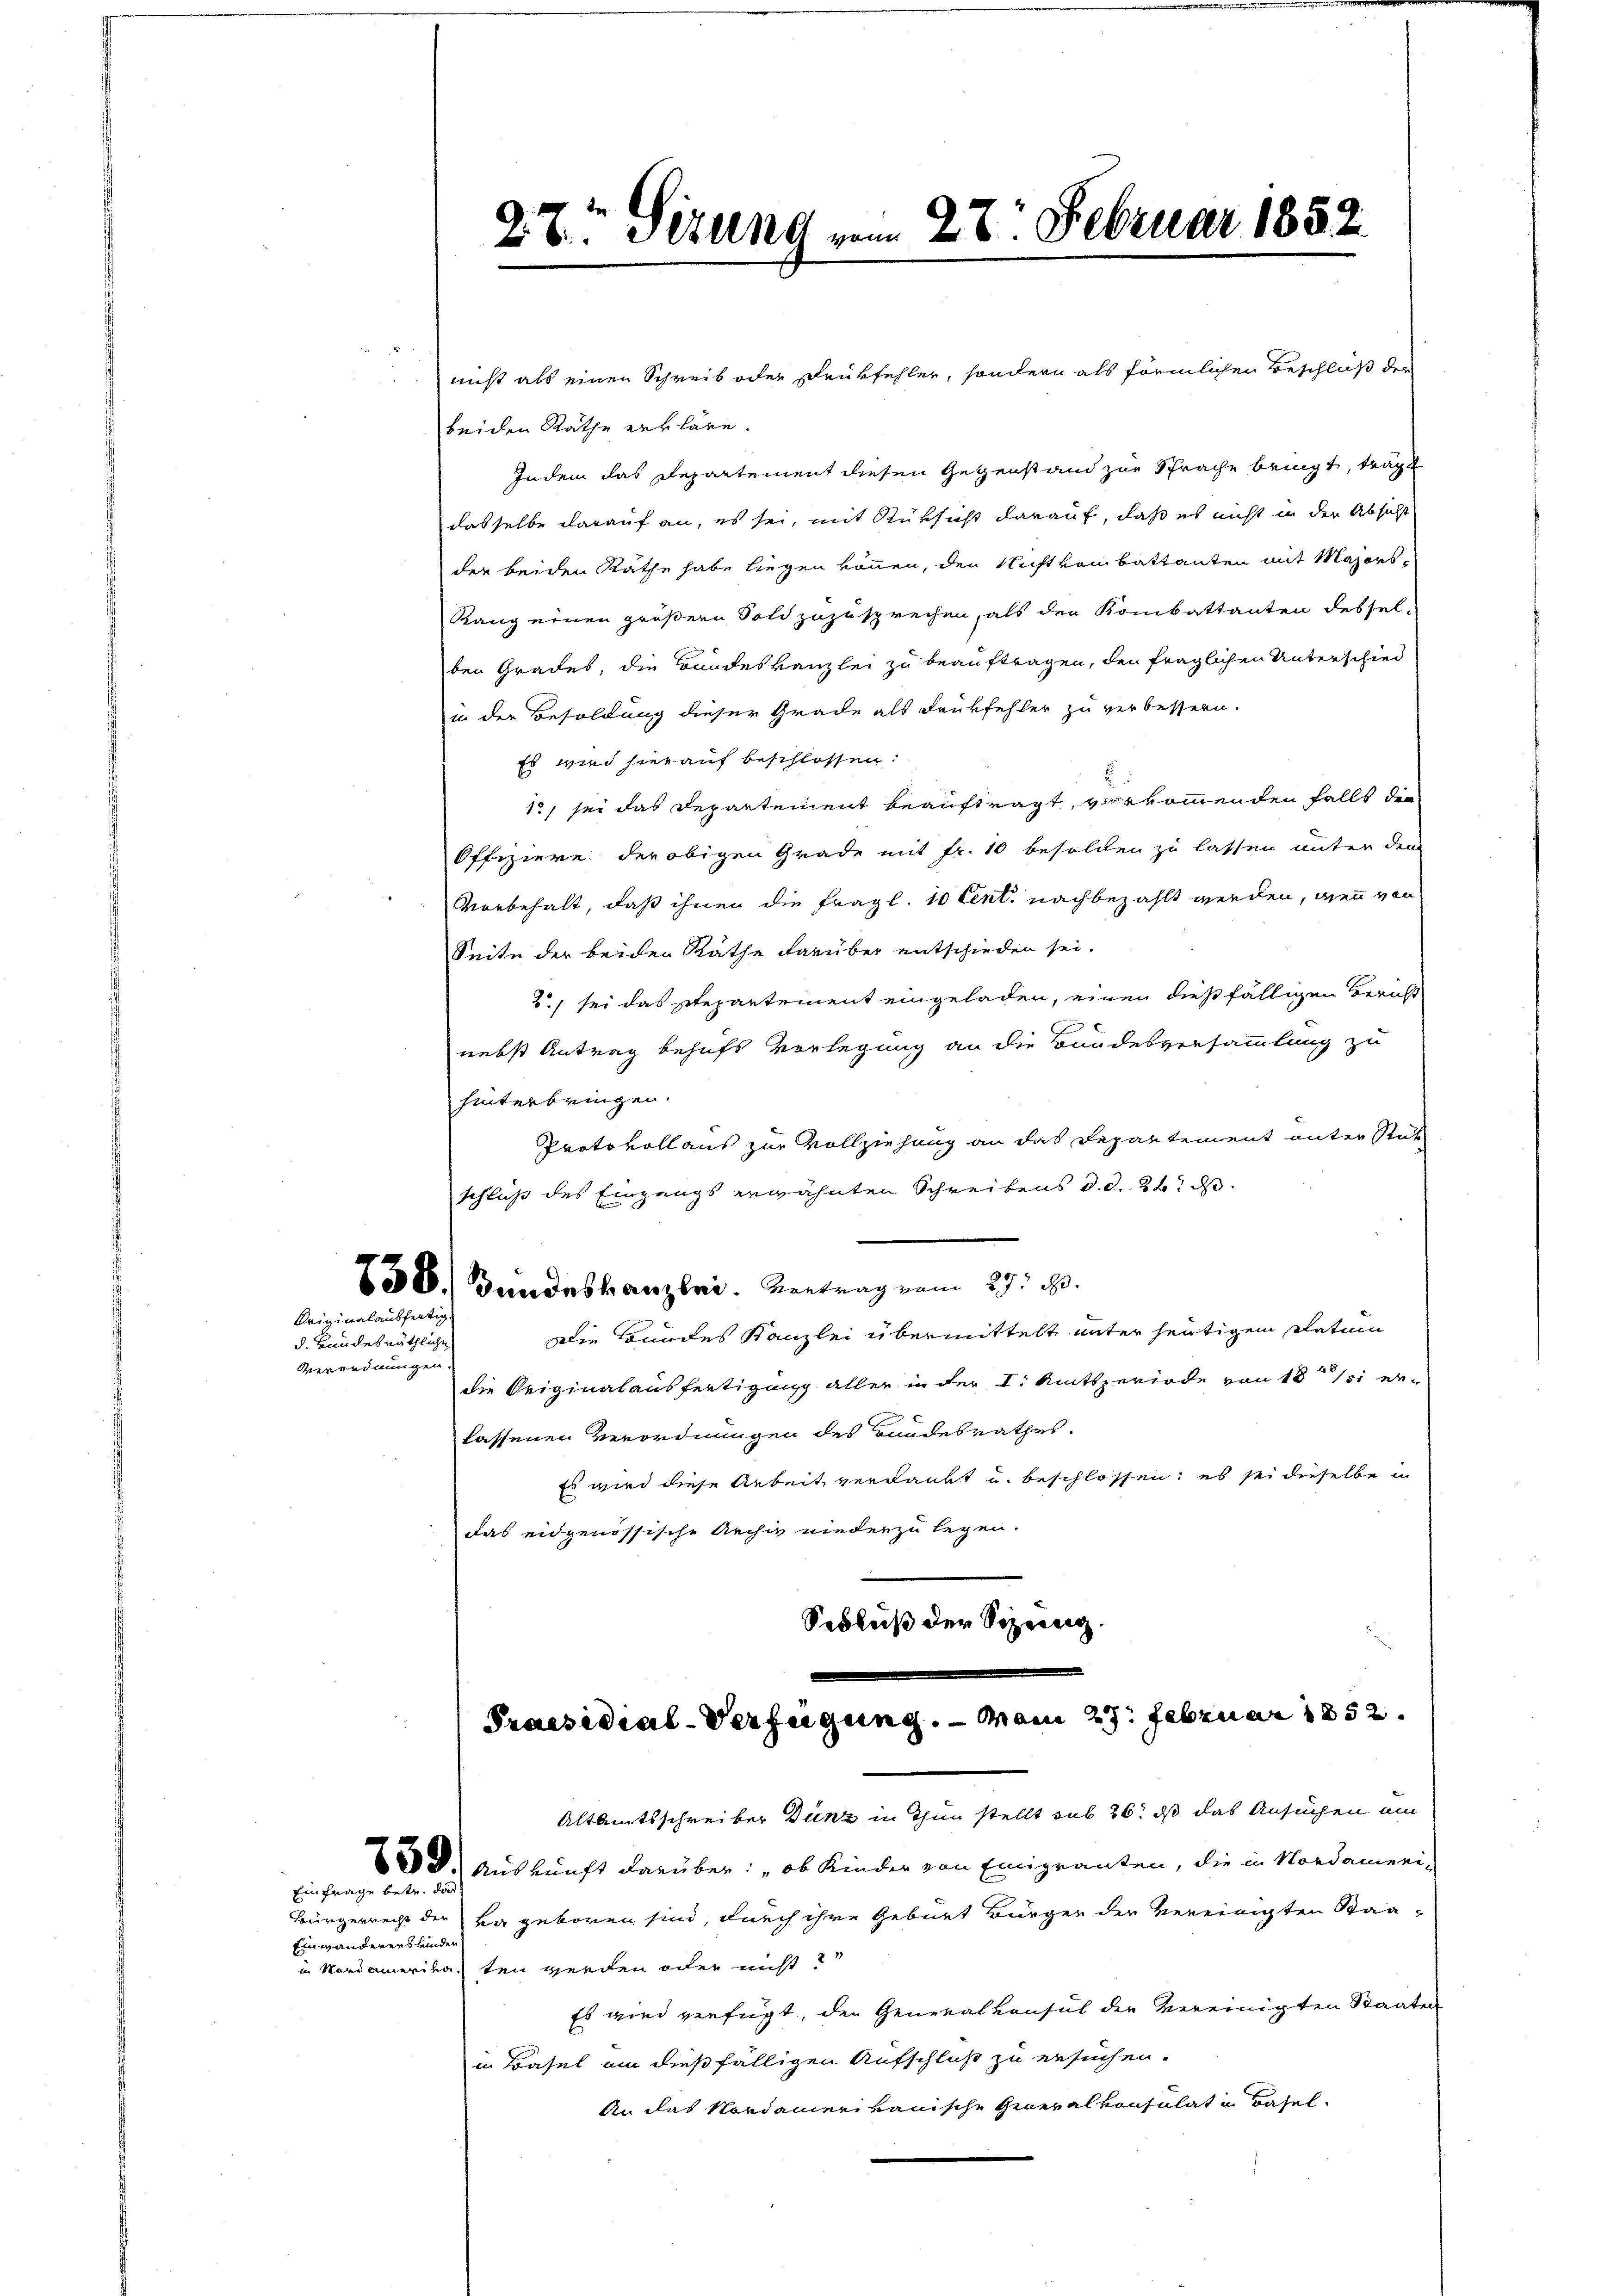
Originalausfertig.

d. Handesräthliche
Verordnungen.

nicht als einen Schreib oder Drukfehler, sondern als förmlichen Beschluß der
beiden Räthe erkläre.
Indem das Departement diesen Gegenstand zur Sprache bringt, trägt
dasselbe darauf an, es sei, mit Rüksicht darauf, daß es nicht in der Absicht
der beiden Räthe habe liegen können, den Nicht vom Battanten mit Majors¬
Rang einen größern Sold zuzusprechen, als den Kombattanten dessel-
ben Grades, die Bandeskanzlei zu beauftragen, den fraglichen Unterschied
in der Besoldung dieser Grade als Drükfehler zu verbessern.
Es wird hier auf beschlossen:
12, sei das Departement beauftragt, verkommenden falls dra
Offiziere der obigen Grade mit Fr. 10 besolden zu lassen unter dem
Vorbehalt, daß ihnen die fragl. 10 Cent nachbezahlt werden, wenn von
Seite der beiden Rathe darüber entschieden sei.
2., sei das Stepartement eingeladen, einen dießfälligen Bericht
nebst Antrag behufs Vorlegung an die Bundesversammlung zu
hinterbringen.
Protokoll aus zur Vollziehung an das Departement unter Rüt
schluß des Eingangs erwähnten Schreibens d. d. 24. d.
158. Bandeskanzlei. Vortrag vom 27. d.
Die Bundes Kanzlei übermittelt unter heutigem Datum
die Originalausfertigung aller in der I. Amtsperiode von 1851 er-
lassenen Verordnungen des Bundesrathes.
Es wird diese Arbeit verdankt u. beschlossen; es sei dieselbe un
das eidgenössische Archiv niederzulegen.
Schluß der Sizung.

Einfrage betr. dies
Einwanderers hunden

28. Sizung vom 27. Februar 1852

Praesidial-Verfügung. — vom 27. Februar 1852.
Altamtsschreiber Dunz in Thun stellt sub 26. ds das Ansuchen ein
D. Auskunft darüber: „ob Kinder von Emigranten, die in Nordameri-

Bürgerrecht der va geboren sind, durch ihre Geburt Bürger der vereinigten Staain Nordamerikaten werden oder nicht
Es wird verfügt, den Generalkonsul der Vereinigten Staaten
in Basel an dießfälligen Aufschluß zu ersuchen.
An das Nordamer vonische Generalkonsulat in Basel